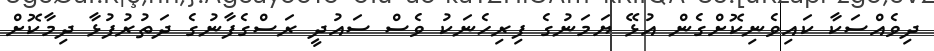
ދިވެއްސަކާ ކައިވެނިކޮށްގެން އުޅޭ ޔަމަނުގެ ފިރިހެނަކު ވެސް ސައުދީ ރަސްގެފާނުގެ ދަތުރުފުޅާ ދިމާކޮށް